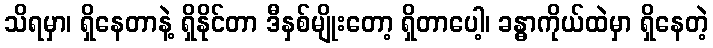
သိရမှာ၊ ရှိနေတာနဲ့ ရှိနိုင်တာ ဒီနှစ်မျိုးတော့ ရှိတာပေါ့၊ ခန္ဓာကိုယ်ထဲမှာ ရှိနေတဲ့